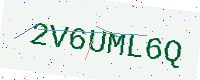
Text: 2V6UML6Q